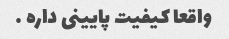
واقعا کیفیت پایینی داره …